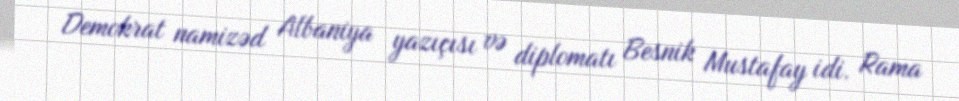
Demokrat namizəd Albaniya yazıçısı və diplomatı Besnik Mustafay idi. Rama